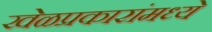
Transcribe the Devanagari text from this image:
खेळप्रकारांमध्ये